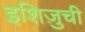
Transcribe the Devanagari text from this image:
इशिज़ुची